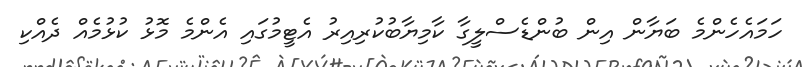
ހަމައެހެންމެ ބަޔާން އިން ބުންޑެސްލީގާ ކާމިޔާބުކުރިއިރު އެޓީމުގައި އެންމެ މޮޅު ކުޅުމެއް ދެއްކި